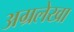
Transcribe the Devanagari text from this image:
अग्रलेखा